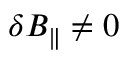
\delta B _ { \parallel } \ne 0